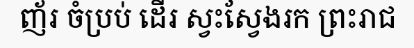
ញ័រ ចំប្រប់ ដើរ ស្វះស្វែងរក ព្រះរាជ